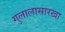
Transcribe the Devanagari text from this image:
गुलालासारखा